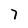
Character: 7